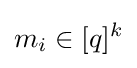
m_{i}\in [q]^{k}